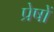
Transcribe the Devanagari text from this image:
प्रेषों